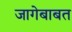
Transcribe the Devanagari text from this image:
जागेबाबत